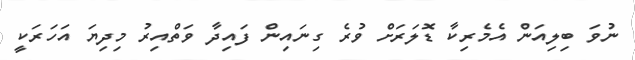
ނުވަ ބިލިއަން އެމެރިކާ ޑޮލަރަށް ވުރެ ގިނައިން ފައިދާ ވަތްއިރު މިދިޔަ އަހަރަކީ